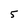
Character: 5